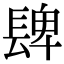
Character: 𨲋